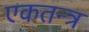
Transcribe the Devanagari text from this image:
एकतन्त्र